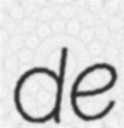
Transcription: de